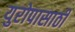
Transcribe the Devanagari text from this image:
युरोपासाठी